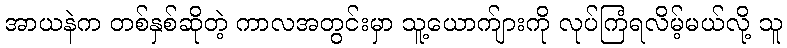
အာယနဲက တစ်နှစ်ဆိုတဲ့ ကာလအတွင်းမှာ သူ့ယောက်ျားကို လုပ်ကြံရလိမ့်မယ်လို့ သူ